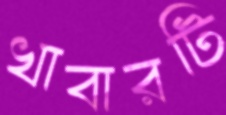
খাবারটি